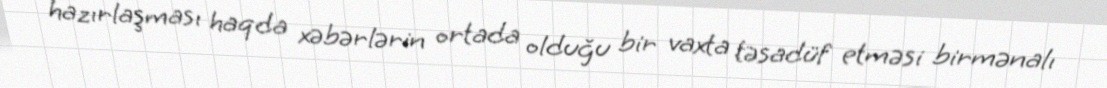
hazırlaşması haqda xəbərlərin ortada olduğu bir vaxta təsadüf etməsi birmənalı